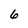
Character: 6